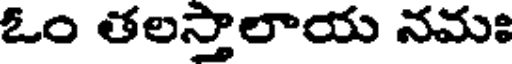
ఓం తలస్తాలాయ నమః